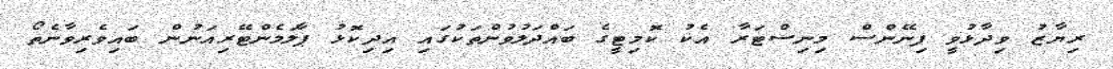
ރިޔާޒު ވިދާޅުވީ ފިނޭންސް މިނިސްޓަރާ އެކު ކޮމިޓީގެ ބައްދަލުވުންތަކުގައި އިދިކޮޅު ޕާލަމެންޓޭރިއަނުން ބައިވެރިވާނެތޯ